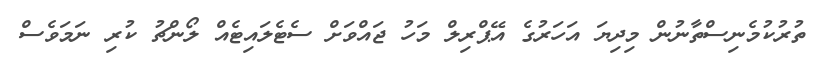
ތުރުކުމެނިސްތާނުން މިދިޔަ އަހަރުގެ އޭޕްރިލް މަހު ޖައްވަށް ސެޓެލައިޓެއް ލޯންޗު ކުރި ނަމަވެސް